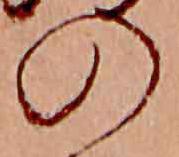
の